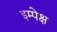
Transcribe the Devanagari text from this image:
इम्पेक्ष